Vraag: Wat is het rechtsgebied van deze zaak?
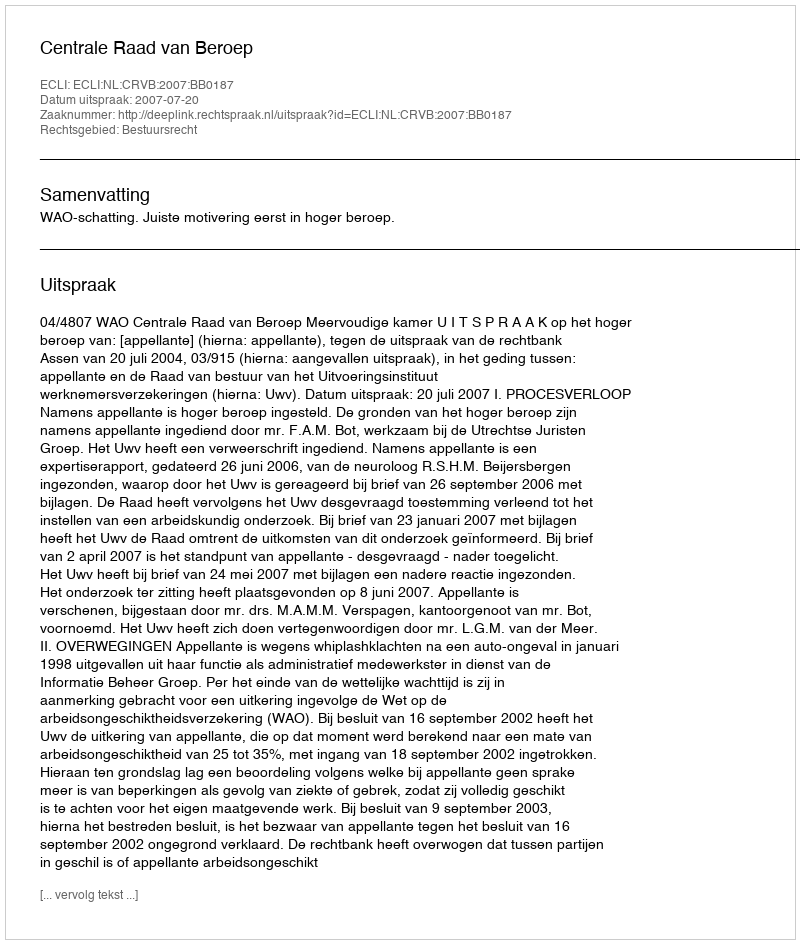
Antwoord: Bestuursrecht